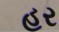
હર